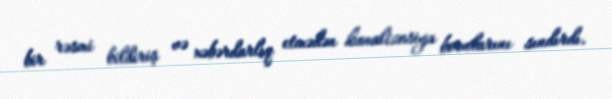
bir rəsmi bildiriş və xəbərdarlıq etmədən kanalizasiya borularını sındırdı.